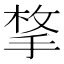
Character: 𭡋